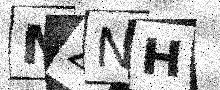
Text: NZNH